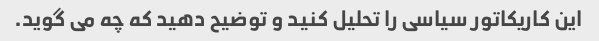
این کاریکاتور سیاسی را تحلیل کنید و توضیح دهید که چه می گوید.